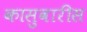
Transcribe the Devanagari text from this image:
कासुवारीस